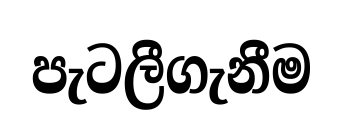
පැටලීගැනීම